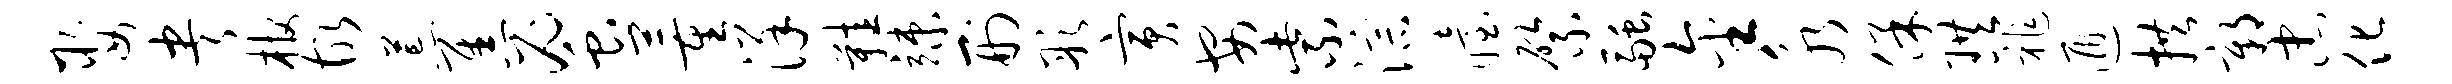
娶央棺故荒焦蜜董详鞋竦刑彤寅安紫淙眙綮融金永保珙祚遁拱鄣忠化